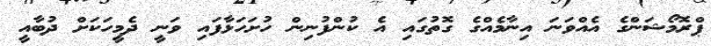
ޕްރޮމޯޝަންގެ އެއްވަނަ އިނާމެއްގެ ގޮތުގައި އެ ކުންފުނިން ހުށަހަޅާފައި ވަނީ ދެމީހަކަށް ދުބާއީ